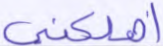
أهلكني